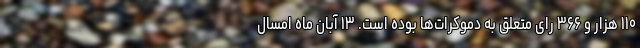
۱۱۰ هزار و ۳۶۶ رای متعلق به دموکرات‌ها بوده است. ۱۳ آبان ماه امسال